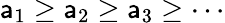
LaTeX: \mathsf{a}_{1}\geq\mathsf{a}_{2}\geq\mathsf{a}_{3}\geq\cdots